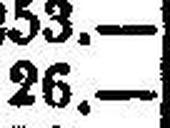
26.—